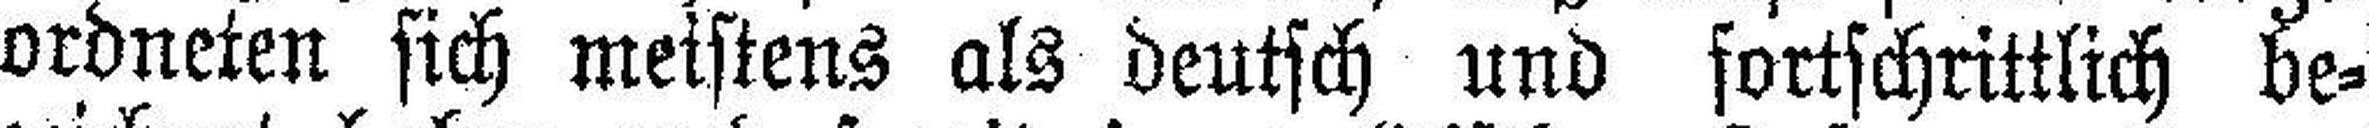
ordneten sich meistens als deutsch und fortschrittlich be¬